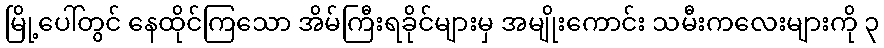
မြို့ပေါ်တွင် နေထိုင်ကြသော အိမ်ကြီးရခိုင်များမှ အမျိုးကောင်း သမီးကလေးများကို ၃